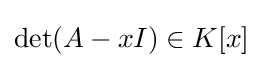
\det(A-xI)\in K[x]